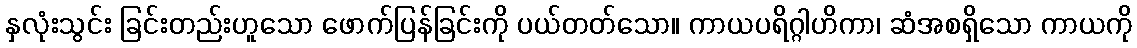
နှလုံးသွင်း ခြင်းတည်းဟူသော ဖောက်ပြန်ခြင်းကို ပယ်တတ်သော။ ကာယပရိဂ္ဂါဟိကာ၊ ဆံအစရှိသော ကာယကို